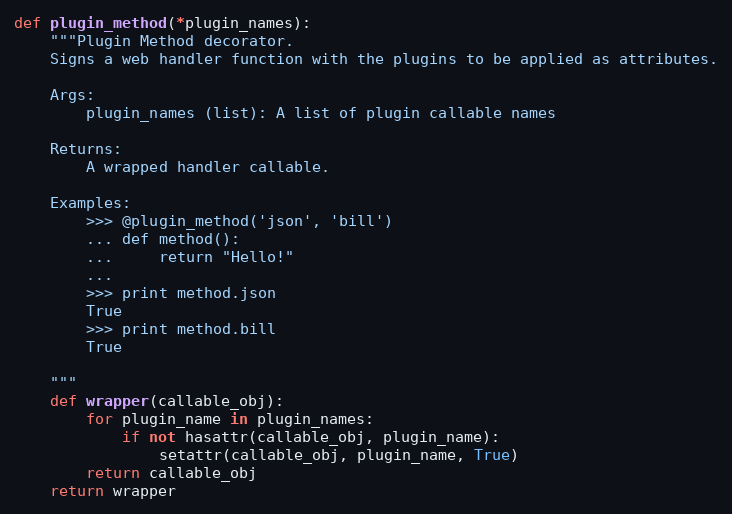
Language: Python
def plugin_method(*plugin_names):
    """Plugin Method decorator.
    Signs a web handler function with the plugins to be applied as attributes.

    Args:
        plugin_names (list): A list of plugin callable names

    Returns:
        A wrapped handler callable.

    Examples:
        >>> @plugin_method('json', 'bill')
        ... def method():
        ...     return "Hello!"
        ...
        >>> print method.json
        True
        >>> print method.bill
        True

    """
    def wrapper(callable_obj):
        for plugin_name in plugin_names:
            if not hasattr(callable_obj, plugin_name):
                setattr(callable_obj, plugin_name, True)
        return callable_obj
    return wrapper